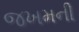
જખમની